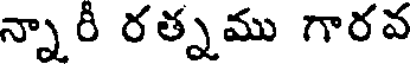
న్నారీ రత్నము గారవ